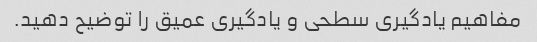
مفاهیم یادگیری سطحی و یادگیری عمیق را توضیح دهید.